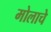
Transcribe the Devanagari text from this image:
मोलाचेे